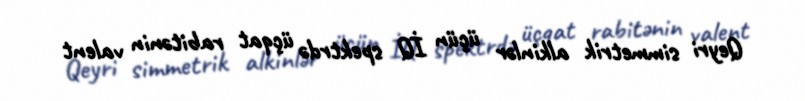
Qeyri simmetrik alkinlər üçün İQ spektrdə üçqat rabitənin valent